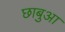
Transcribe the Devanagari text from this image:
छाबुआ